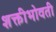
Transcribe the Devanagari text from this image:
शक्तीभोवती